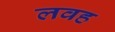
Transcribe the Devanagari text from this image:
लवह